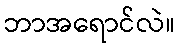
ဘာအရောင်လဲ။